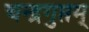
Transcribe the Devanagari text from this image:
चन्द्रगुप्तम्